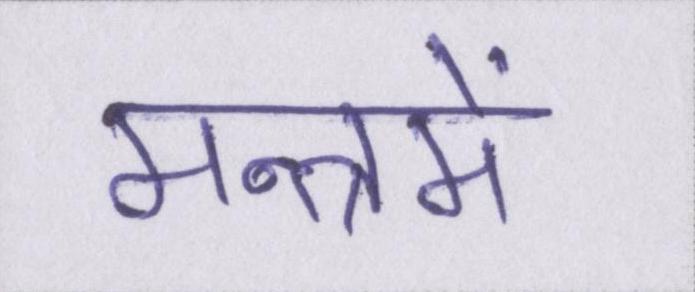
मन्त्रमें